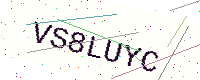
Text: VS8LUYC